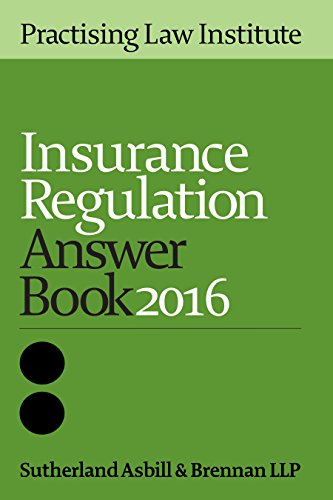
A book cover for Insurance Regulation Answer Book 2016; Asbill & Brennan LLP Sutherland; Law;